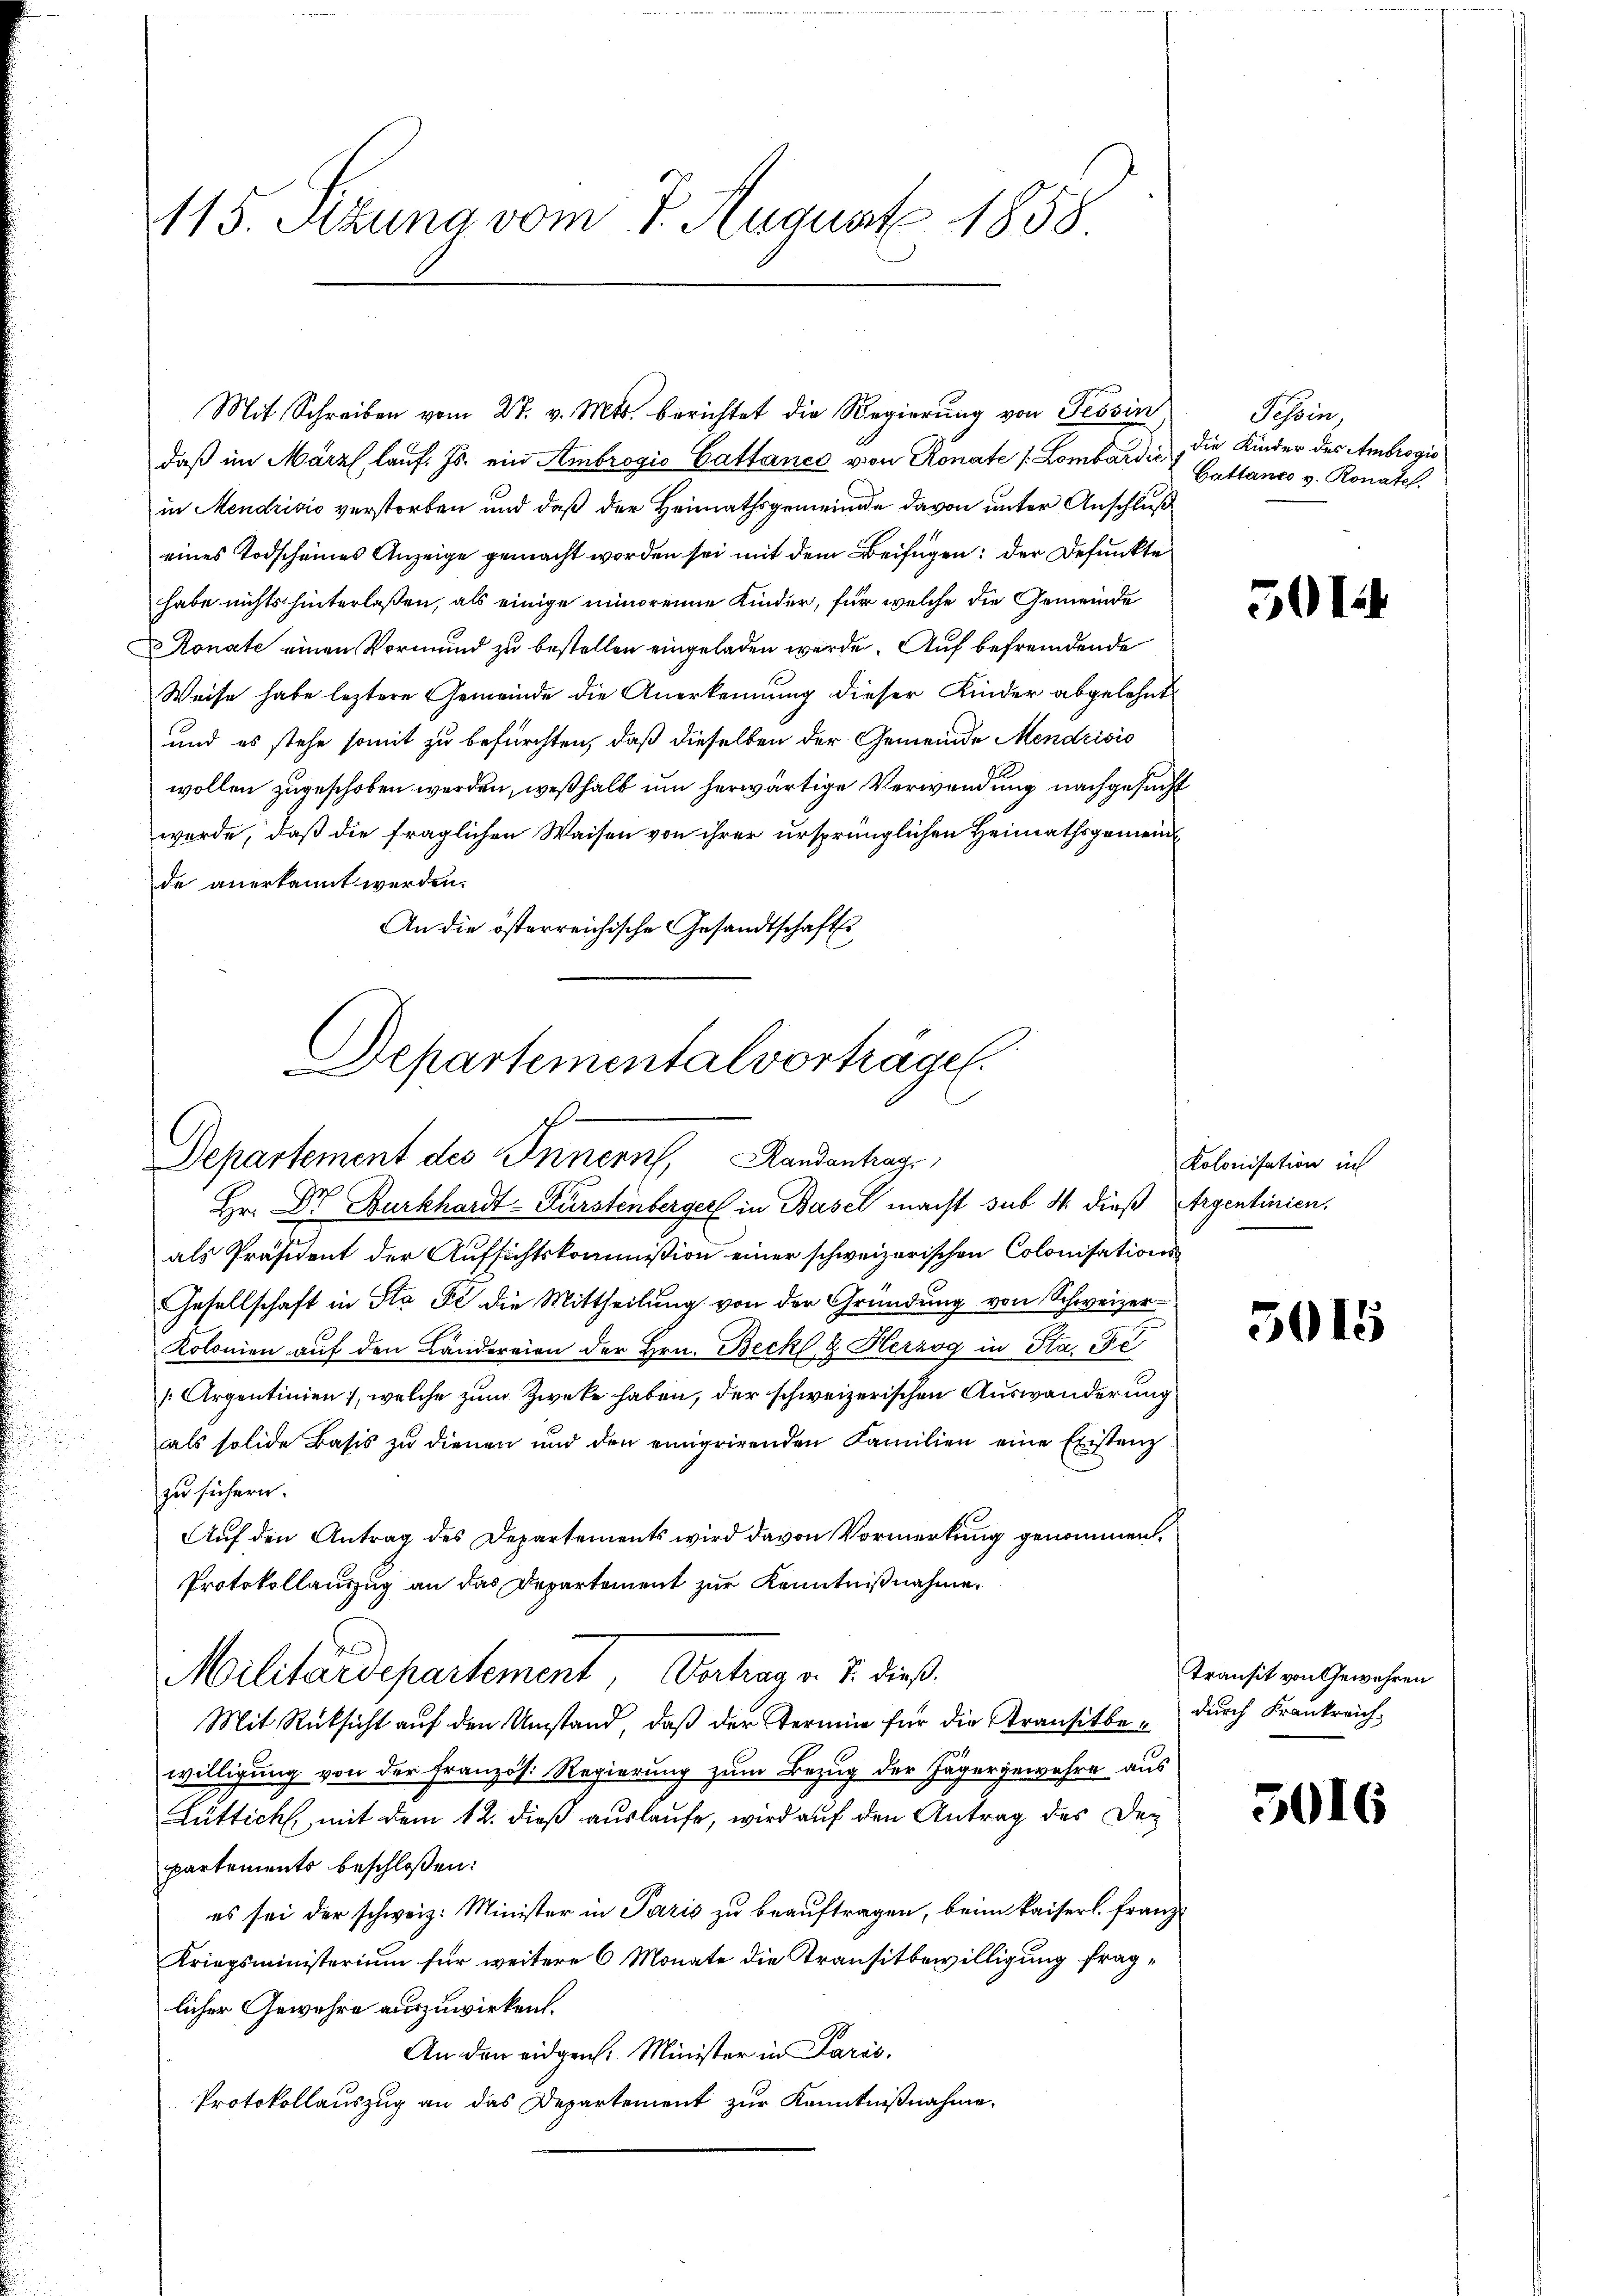
115. Sizung vom 7. August 1858

Mit Schreiben vom 27. v. Mts. berichtet die Regierung von Tessin
daß im März laŭf. Js. ein Ambrogio Cattance von Ronate / Lombardić
in Mendrisis verstorben und daß der Heimathsgemeinde davon unter Anschluß
eines Todscheines Anzeige gemacht worden sei mit dem Beifügen: der Defunkte
habe nichts hinterlaßen, als einige minoreine Kinder, für welche die Gemeinde
Konate einen Vormund zu bestellen eingeladen werde. Auf befremdende
Weise habe leztere Gemeinde die Anerkennung dieser Kinder abgelehnt
und es stehe somit zu befürchten, daß dieselben der Gemeinde Mendrisio
wollen zugeschoben worden, weßhalb um herwärtige Verwendung nachgesucht
wurde, daß die fraglichen Waisen von ihrer ursprünglichen Heimathsgemeind
de anerkannt werden.
An die österreichische Gesandtschaftss

Departemental vorträge.
.
h
Departement des Innern, Randantrag

Hr. Dr Burkhardt-Fürstenberger in Basel macht sub N. dieß Argentinien.
als Präsident der Aufsichtskommission einer schweizerischen Colonisations¬
Gesellschaft in Sta Fl die Mittheilung von der Gründung von Schweizer-
Kolonien auf den Ländereien der Hrn. Beck & Herzog in Sta. Fe
[Argentinien, welche zum Zwecke haben, der schweizerischen Auswanderung
als solide Basis zu dienen und den einigrirenden Familien eine Existenz
zu sichern.
Auf den Antrag des Departements wird davon Vormerkung genommen.
Protokollauszug an das Departement zur Kenntnißnahme,
Militärdepartement, Vertrag v. J. dieß
Mit Rücksicht auf den Umstand, daß der Termin für die Stransitte durch Krankreich
willigung von der Französ. Regierung zum Bezug der Jägergewahre aus
Lüttich, mit dem 12. dieß auslaufe, wird auf den Antrag des Dec
partements beschloßen:
es sei der schweiz. Minister in Paris zu beauftragen, beim kaiserl. Franz
Kriegsministerium für weitere 6 Monate die Transitbewilligung fraglicher Gewehre auszuwirken.
An den eidgen. Minister in Paris.
Protokollauszug an das Departement zur Kenntnißnahme.

Tessin,
die Kinder des Ambrogio
Cattance v. Ronate.

501.

Kolonisation in

3615

transit von Gewehren

5016